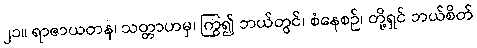
၂၁။ ရာဇာယတန၊ သတ္တာဟမှ၊ ကြွ၍ ဘယ်တွင်၊ စံနေစဉ်၊ တို့ရှင် ဘယ်စိတ်